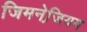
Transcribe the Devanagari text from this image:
जिमनेजि़यम